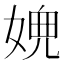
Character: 𡟉